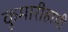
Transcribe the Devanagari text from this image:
कुमारीहामी